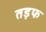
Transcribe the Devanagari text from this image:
तड़फ